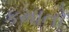
કમાતો